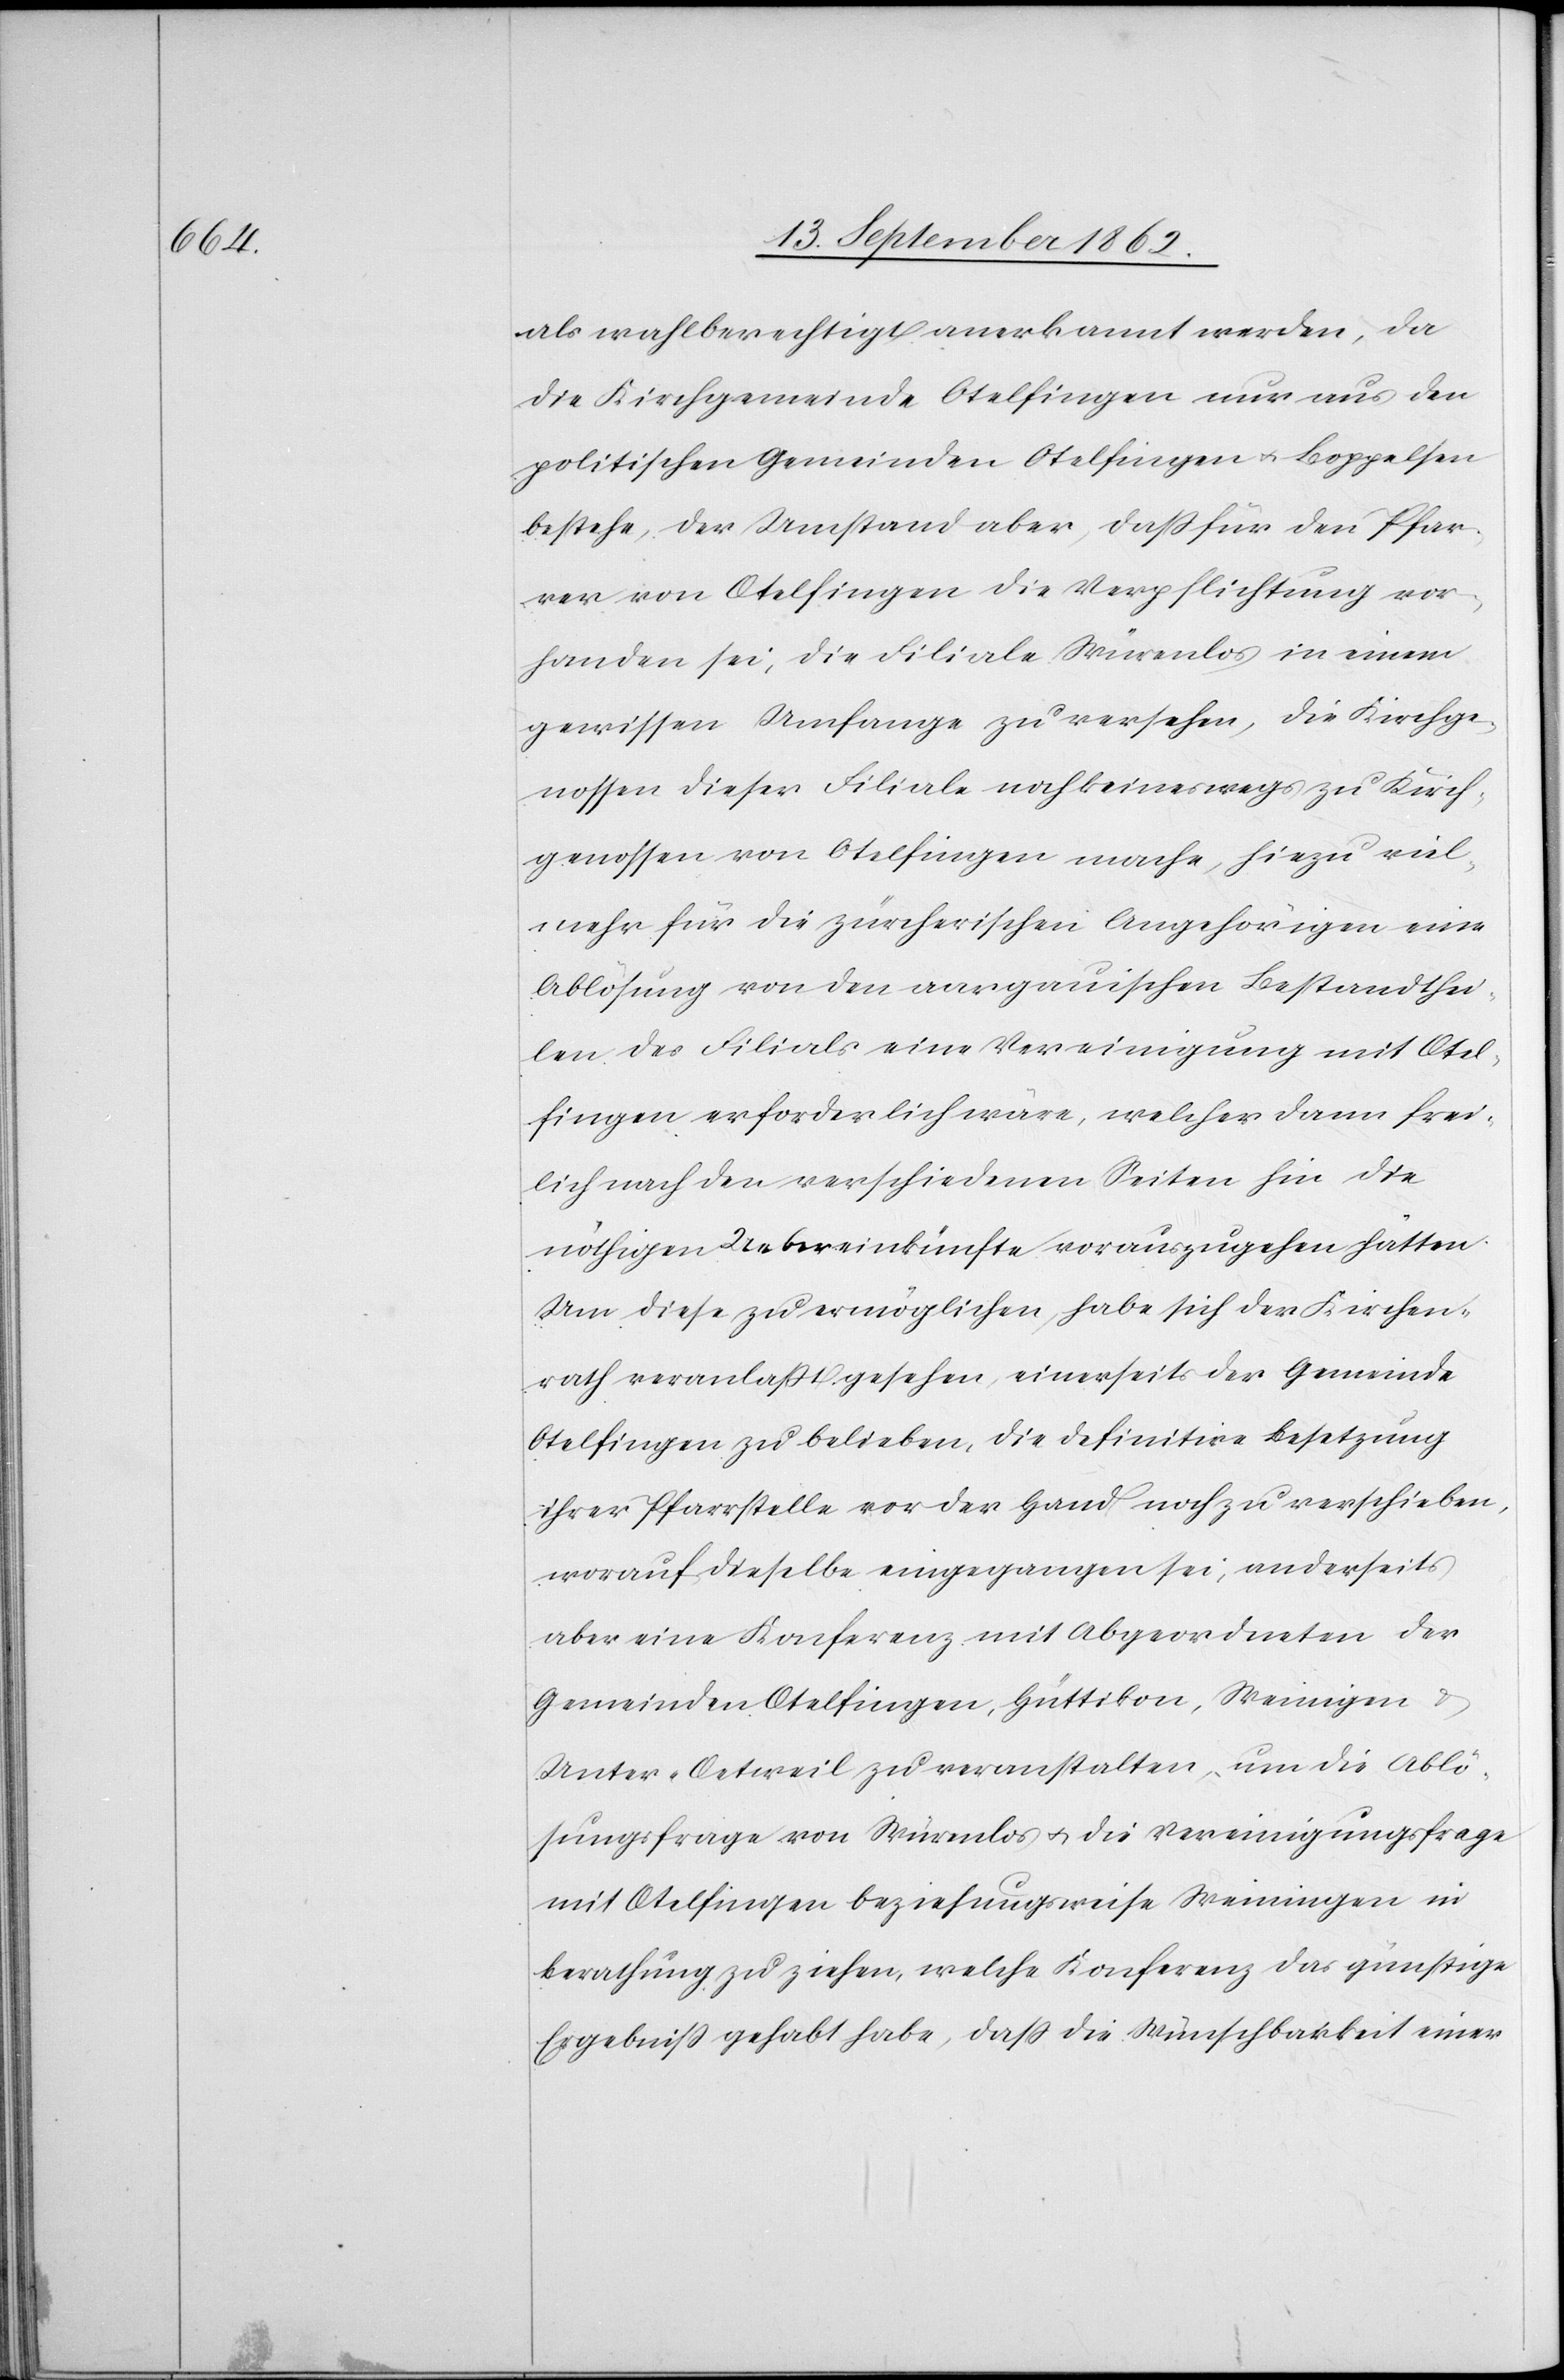
als wahlberechtigt anerkannt werden, da
die Kirchgemeinde Otelfingen nur aus den
politischen Gemeinden Otelfingen u. Boppelsen
bestehe, der Umstand aber, daß für den Pfar¬
rer von Otelfingen die Verpflichtung vor¬
handen sei, die Filiale Würenlos in einem
gewissen Umfange zu versehen, die Kirchge¬
nossen dieser Filiale noch keineswegs zu Kirch¬
genossen von Otelfingen mache, hiezu viel¬
mehr für die zürcherischen Angehörigen eine
Ablösung von den aargauischen Bestandthei¬
len des Filials eine Vereinigung mit Otel¬
fingen erforderlich wäre, welcher dann frei¬
lich nach den verschiedenen Seiten hin die
nöthigen Uebereinkünfte vorauszugehen hätten.
Um diese zu ermöglichen, habe sich der Kirchen¬
rath veranlaßt gesehen, einerseits der Gemeinde
Otelfingen zu belieben, die definitive Besetzung
ihrer Pfarrstelle vor der Hand noch zu verschieben,
worauf dieselbe eingegangen sei, anderseits
aber eine Konferenz mit Abgeordneten der
Gemeinden Otelfingen, Hüttikon, Weiningen u.
Unter-Oetweil zu veranstalten, um die Ablö¬
sungsfrage von Würenlos u. die Vereinigungsfrage
mit Otelfingen beziehungsweise Weiningen in
Berathung zu ziehen, welche Konferenz das günstige
Ergebniß gehabt habe, daß die Wünschbarkeit einer